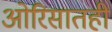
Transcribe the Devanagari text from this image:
ओरिसातही